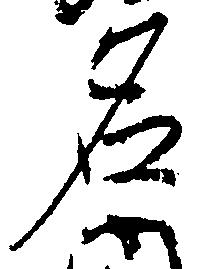
名